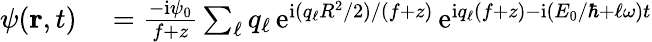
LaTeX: \begin{array}{rl}{\psi({\mathbf r},t)}&{{}=\frac{-\mathrm{i}\psi_{0}}{f+z}\sum_{\ell}q_{\ell}\, \mathrm{e}^{\mathrm{i}(q_{\ell}R^{2}/2)/(f+z)}\, \mathrm{e}^{\mathrm{i}q_{\ell}(f+z)-\mathrm{i}(E_{0}/\hbar+\ell\omega)t}}\end{array}